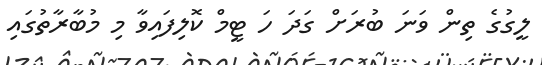
ލީގުގެ ތިން ވަނަ ބުރަށް ގަދަ ހަ ޓީމް ކޮލިފައިވާ މި މުބާރާތުގައި